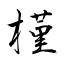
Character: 槿